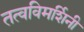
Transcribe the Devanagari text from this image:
तत्वविमर्शिनी